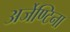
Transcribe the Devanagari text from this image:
अर्जेण्टिना